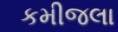
કમીજલા